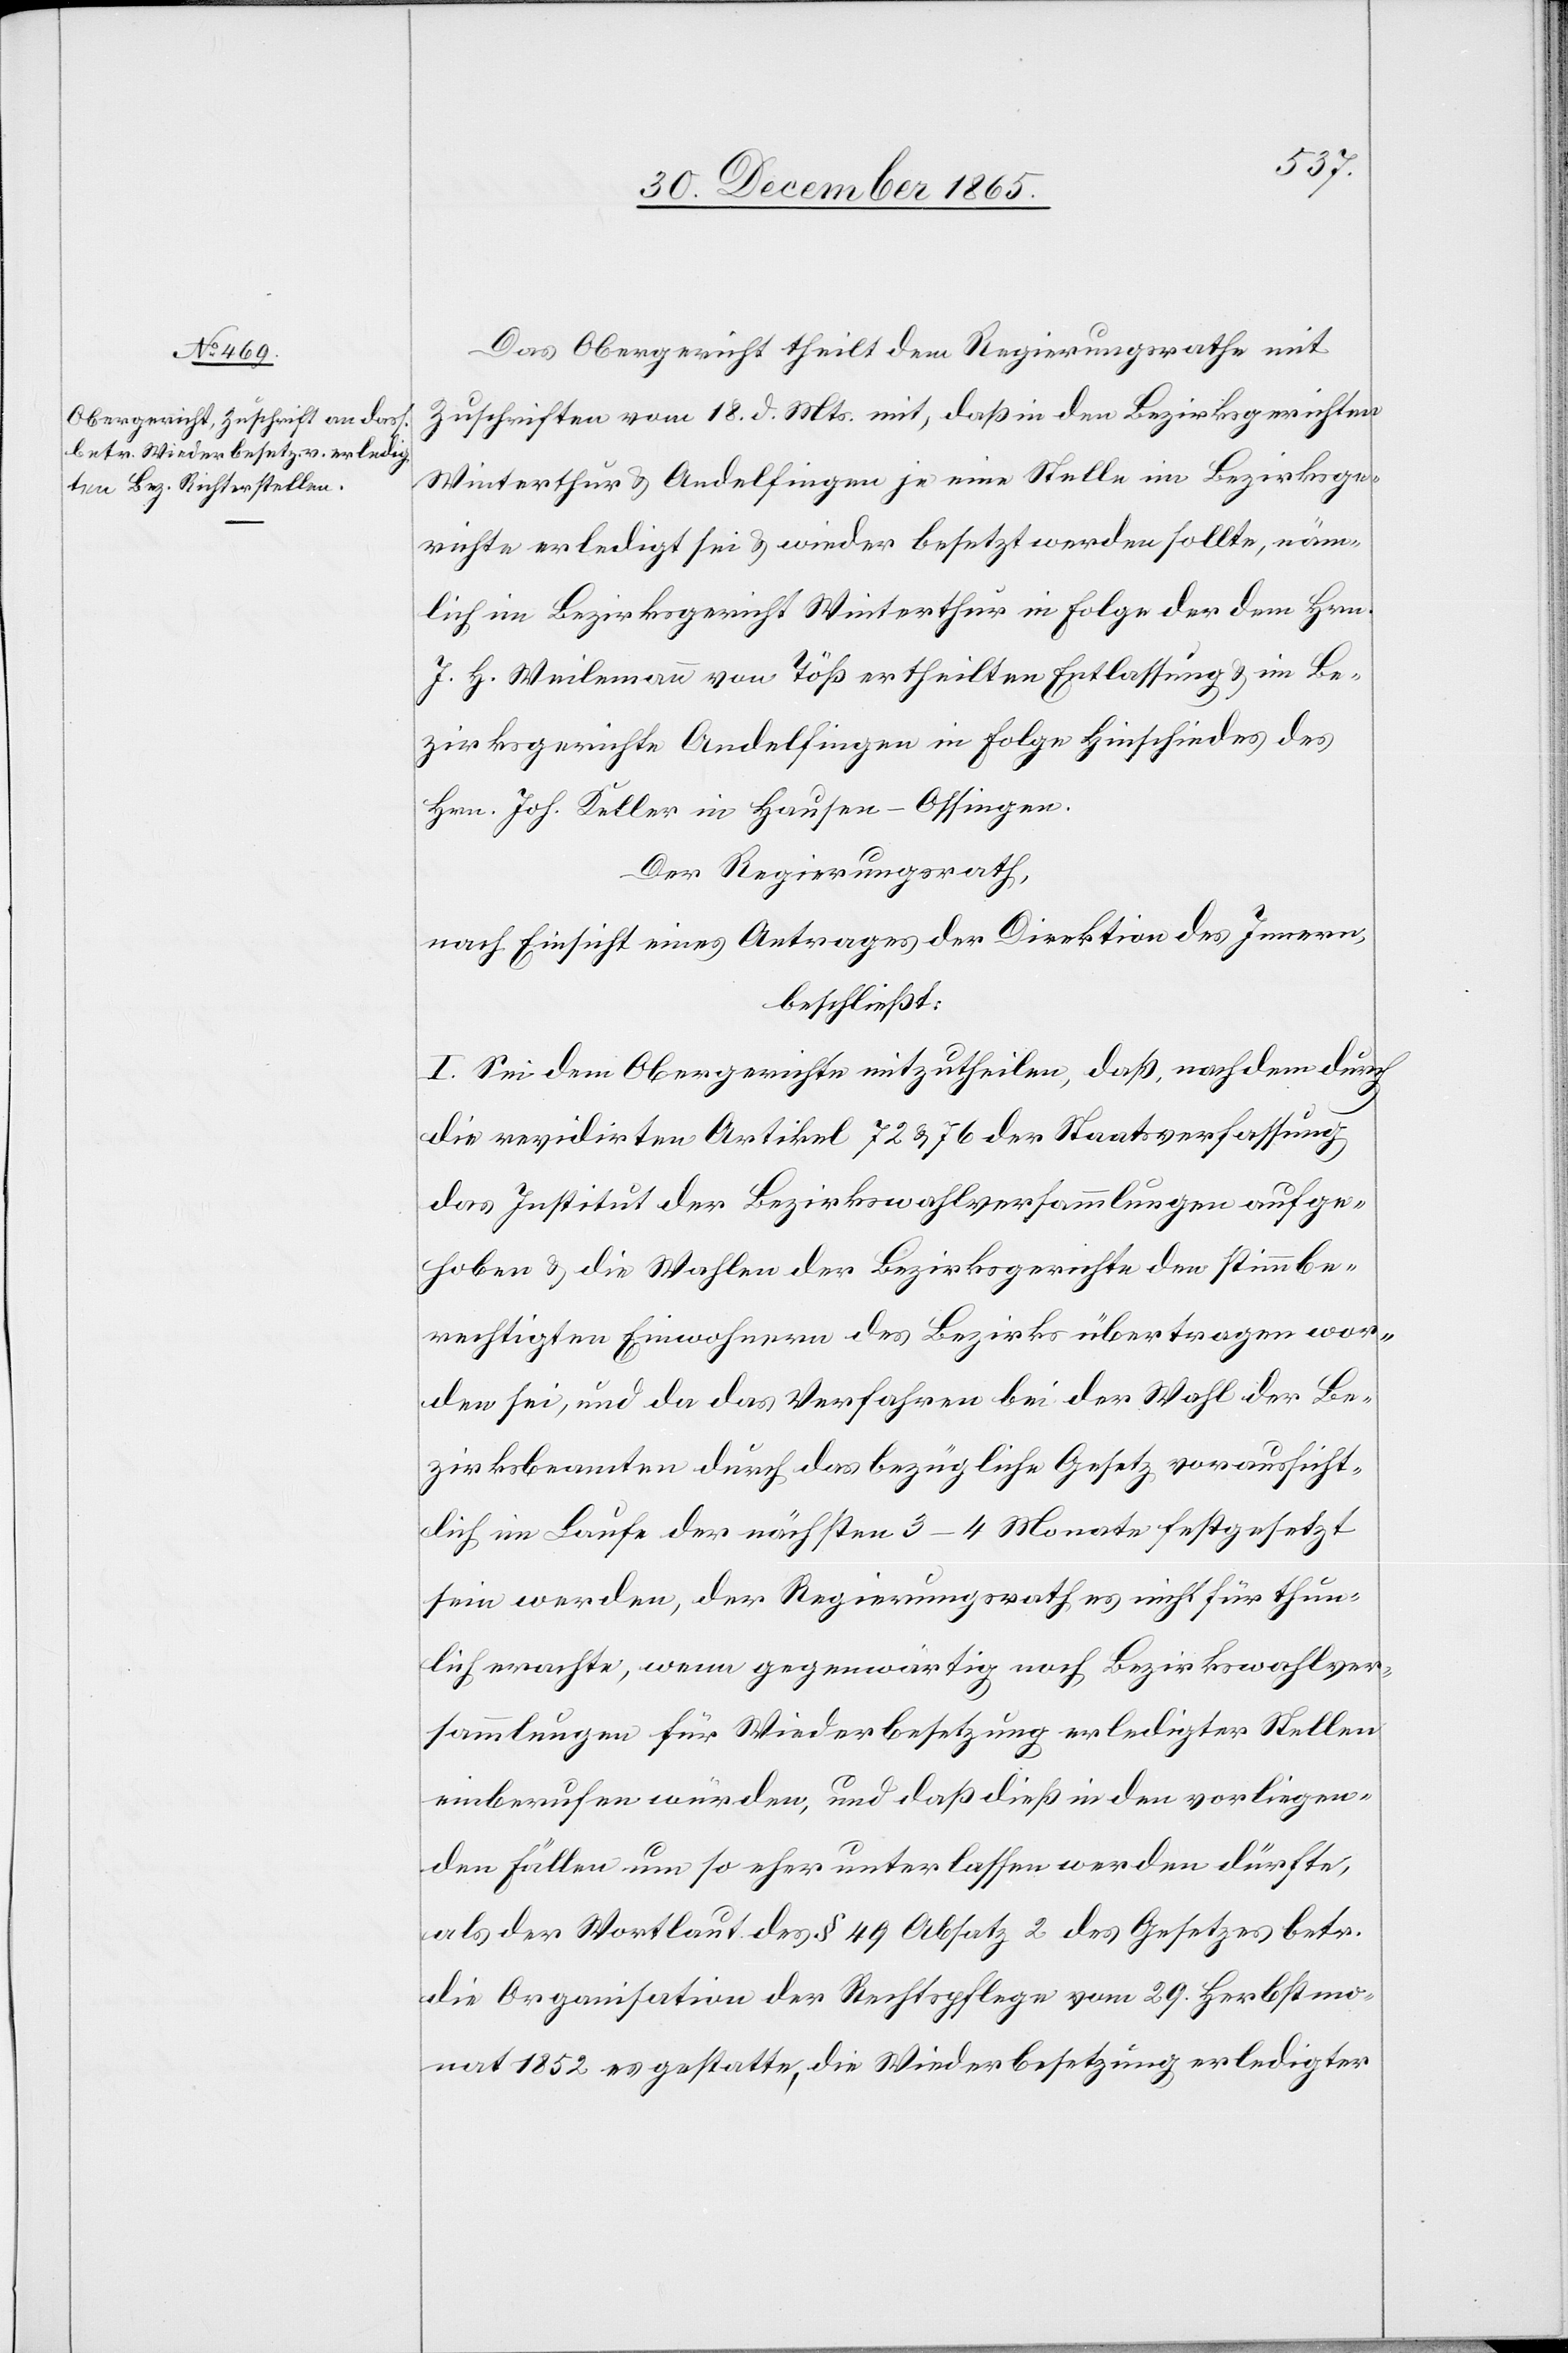
Das Obergericht theilt dem Regierungsrathe mit
Zuschriften vom 18. d. Mts. mit, daß in den Bezirksgerichten
Winterthur & Andelfingen je eine Stelle im Bezirksge¬
richte erledigt sei & wieder besetzt werden sollte, näm¬
lich im Bezirksgericht Winterthur in Folge der dem Hrn.
J. H. Weilmann von Töß ertheilten Entlassung & im Be¬
zirksgerichte Andelfingen in Folge Hinschiedes des
Hrn. Joh. Keller in Hausen - Ossingen.
Der Regierungsrath,
nach Einsicht eines Antrages der Direktion des Innern,
beschließt:
I. Sei dem Obergerichte mitzutheilen, daß, nachdem durch
die revidirten Artikel 72 & 76 der Staatsverfassung
das Institut der Bezirkswahlversammlungen aufge¬
hoben & die Wahlen der Bezirksgerichte den stimmbe¬
rechtigten Einwohnern des Bezirkes übertragen wor¬
den sei, und da das Verfahren bei der Wahl der Be¬
zirksbeamten durch das bezügliche Gesetz voraussicht¬
lich im Laufe der nächsten 3–4 Monate festgesetzt
sein werde, der Regierungsrath es nicht für thun¬
lich erachte, wenn gegenwärtig noch Bezirkswahlver¬
sammlungen für Wiederbesetzung erledigter Stellen
einberufen würden, und daß dieß in den vorliegen¬
den Fällen um so eher unterlassen werden dürfte,
als der Wortlaut des § 49 Absatz 2 des Gesetzes betr.
die Organisation der Rechtspflege vom 29. Herbstmo¬
nat 1852 es gestatte, die Wiederbesetzung erledigter